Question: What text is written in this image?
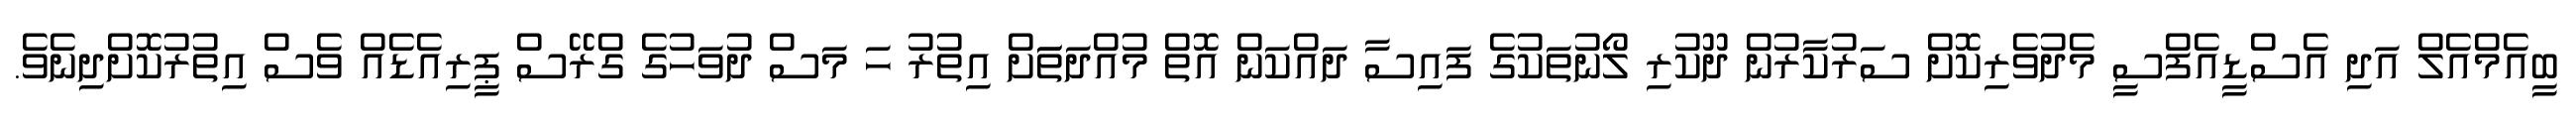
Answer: ބީއެމްއެލް އަދި އެސްޑީއެފްސީ މެދުވެރިކޮށް ސަރުކާރުން ދޫކުރި ލޯނުތަކުގެ ފައިސާ ދައްކަން އޮތް މުއްދަތަަށް އިތުރު ހަ މަސް ދުވަހުގެ ގްރޭސް ޕީރިއެޑެއް ވެސް އިތުރުކޮށްދިނެވެ.